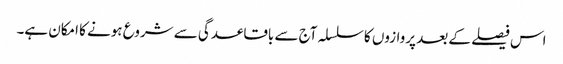
اس فیصلے کے بعد پروازوں کا سلسلہ آج سے باقاعدگی سے شروع ہونے کا امکان ہے۔